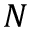
N